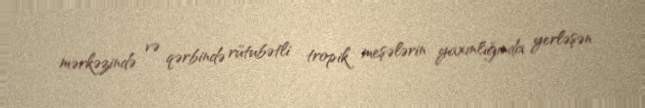
mərkəzində və qərbində rütubətli tropik meşələrin yaxınlığında yerləşən